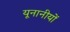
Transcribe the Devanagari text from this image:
यूनानीयों